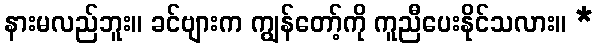
နားမလည်ဘူး။ ခင်ဗျားက ကျွန်တော့်ကို ကူညီပေးနိုင်သလား။ *